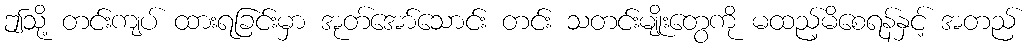
ဤသို့ တင်းကျပ် ထားရခြင်းမှာ အုတ်အော်သောင်း တင်း သတင်းမျိုးတွေကို မထည့်မိစေရန်နှင့် အတည်